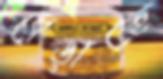
ধেড়াচ্ছে